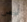
شخص